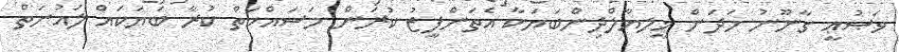
ވަޞުޢީ ގާނޫނު ހަދަން ޚީލޔާލްދިންބަޔަކާ އެތަންފީޒު ކުރަން މަސައްކަތް ކުރާ ބަޔަކައް ލައުނަތް